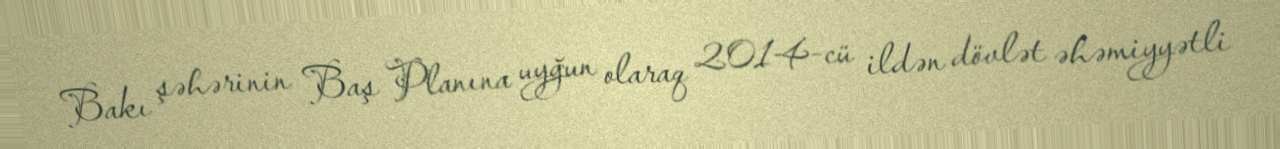
Bakı şəhərinin Baş Planına uyğun olaraq 2014-cü ildən dövlət əhəmiyyətli